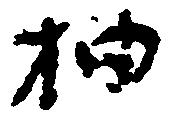
抽